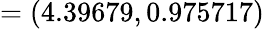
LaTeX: =(4.39679,0.975717)